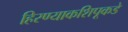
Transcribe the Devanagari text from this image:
हिरण्याकशिपूकडे